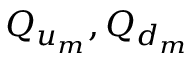
Q _ { u _ { m } } , Q _ { d _ { m } }